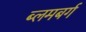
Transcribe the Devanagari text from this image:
ब्लमबर्ग